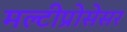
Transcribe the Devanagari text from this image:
मल्टीप्रोसेसर